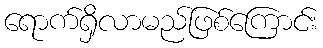
ရောက်ရှိလာမည်ဖြစ်ကြောင်း